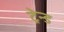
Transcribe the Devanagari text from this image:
ट्रेन्ड